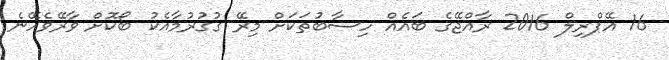
16 އޭޕްރިލް 2016 ރާއްޖޭގެ ބައެއް ހިސާބުތަކަށް މިރޭ ގުގުރުމާއެކު ބޯކޮށް ވާރޭވެހޭނެ